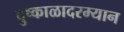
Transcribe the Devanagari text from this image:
दुष्काळादरम्यान